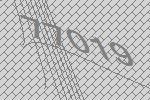
77019